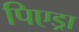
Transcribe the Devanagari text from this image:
पिएड्रा